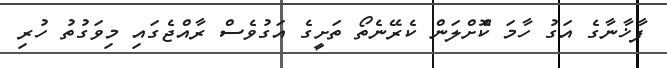
ފާޚާނާގެ އަގު ހާމަ ކޮްށްލަން ކެރޭނެތޯ ތަށީގެ އަގުވެސް ރާއްޖެގައި މިވަގުތު ހުރި